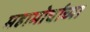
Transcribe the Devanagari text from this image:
महामोर्चाच्या